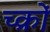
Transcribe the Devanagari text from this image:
च्क्रों